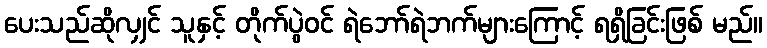
ပေးသည်ဆိုလျှင် သူနှင့် တိုက်ပွဲဝင် ရဲဘော်ရဲဘက်များကြောင့် ရရှိခြင်းဖြစ် မည်။